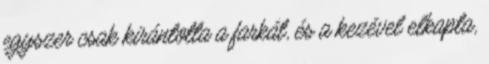
egyszer csak kirántotta a farkát, és a kezével elkapta,